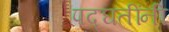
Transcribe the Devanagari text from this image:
पद्घतींनी